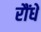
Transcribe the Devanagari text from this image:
रौंधे